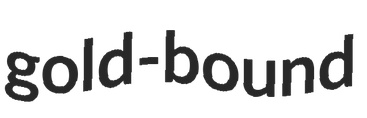
gold-bound